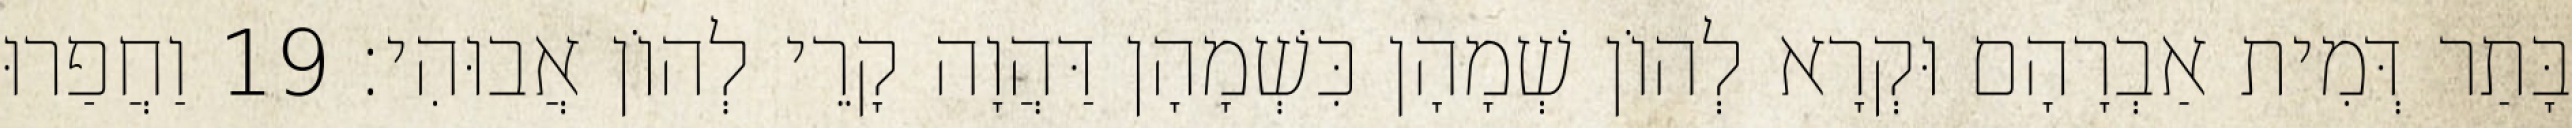
בָּתַר דְּמִית אַבְרָהָם וּקְרָא לְהוֹן שְׁמָהָן כִּשְׁמָהָן דַּהֲוָה קָרֵי לְהוֹן אֲבוּהִי׃ 19 וַחֲפַרוּ